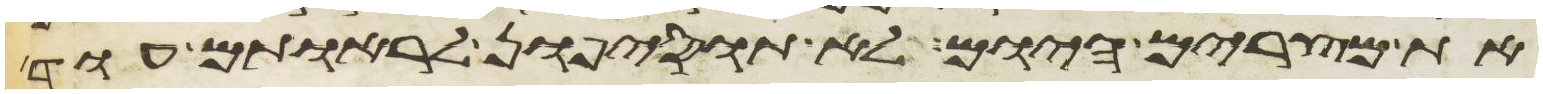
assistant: את מצרים היום לא תוסיפון לראותם עוד